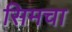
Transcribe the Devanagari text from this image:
सिमचा